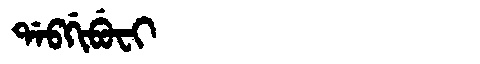
Manchu: ᡩᠠᠪᡤᡳᠪᡠᠸᡳ
Romanization: DABGIBUFI